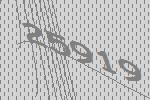
25919